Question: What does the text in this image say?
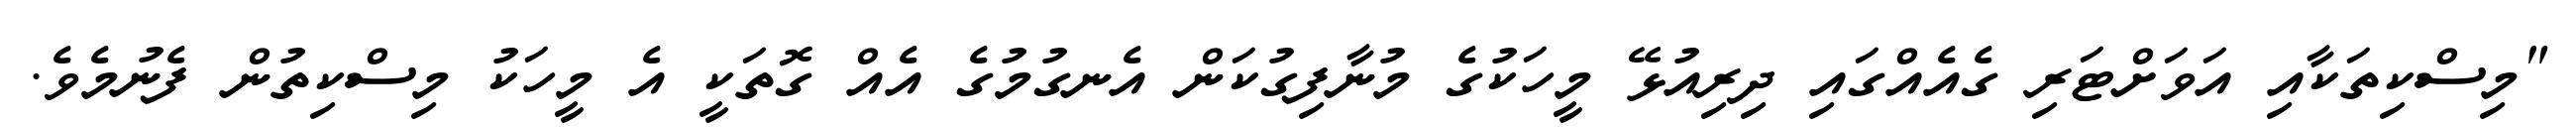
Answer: "މިސްކިތަކާއި އަވަށްޓަރި ގެއެއްގައި ދިރިއުޅޭ މީހަކުގެ މުނާފިގުކަން އެނގުމުގެ އެއް ގޮތަކީ އެ މީހަކު މިސްކިތުން ފެނުމެވެ.